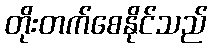
တိုးတက်စေနိုင်သည်